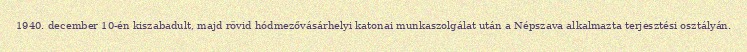
1940. december 10-én kiszabadult, majd rövid hódmezővásárhelyi katonai munkaszolgálat után a Népszava alkalmazta terjesztési osztályán.